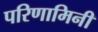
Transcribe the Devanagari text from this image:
परिणामिनी